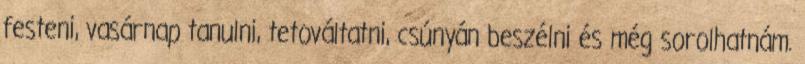
festeni, vasárnap tanulni, tetováltatni, csúnyán beszélni és még sorolhatnám.